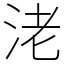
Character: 㳣